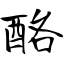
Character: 酪